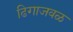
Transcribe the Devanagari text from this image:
ढिगाजवळ